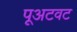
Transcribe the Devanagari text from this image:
पूअटवट